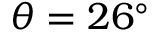
\theta = 2 6 ^ { \circ }